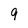
Character: 9